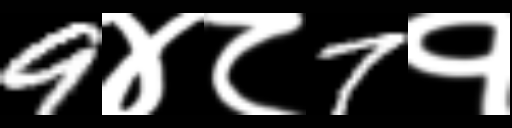
Text: 9४८7१